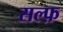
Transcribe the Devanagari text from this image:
सल्फ़